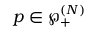
\boldsymbol { p } \in \wp _ { + } ^ { ( N ) }